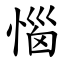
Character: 惱